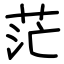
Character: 茫